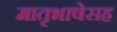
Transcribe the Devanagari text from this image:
मातृभाषेसह